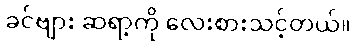
ခင်ဗျား ဆရာ့ကို လေးစားသင့်တယ်။